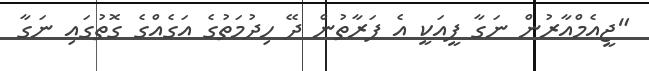
"ޖީއެމްއާރުން ނަގާ ފީއަކީ އެ ފަރާތުން ދޭ ހިދުމަތުގެ އަގެއްގެ ގޮތުގައި ނަގާ